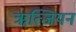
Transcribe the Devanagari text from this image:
ॠत्जियन